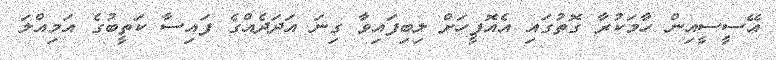
އޭސީސީއިން ހާމަކުރާ ގޮތުގައި އެއޮފީހަށް ލިބިފައިވާ ގިނަ އަދަދެއްގެ ފައިސާ ކަތީބުގެ އަމިއްލަ